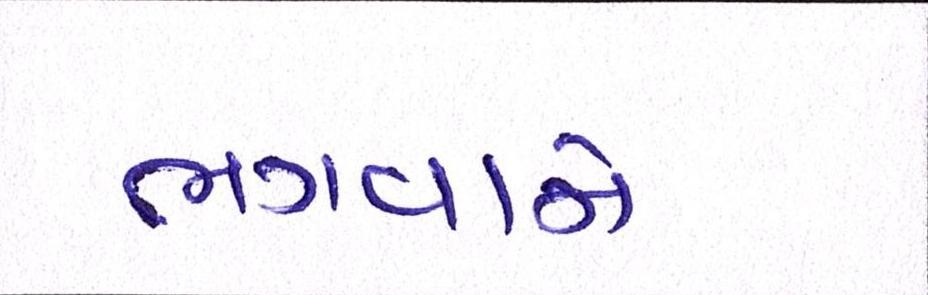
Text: ભગવાને